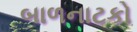
બાળનાટકો